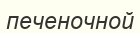
печеночной